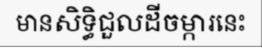
មានសិទ្ធិជួលដីចម្ការនេះ